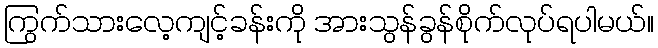
ကြွက်သားလေ့ကျင့်ခန်းကို အားသွန်ခွန်စိုက်လုပ်ရပါမယ်။